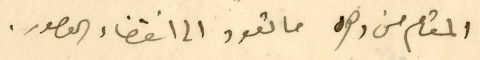
المقام من دهره ما تعود الى انقضاء العصور.